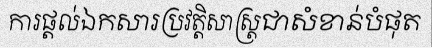
ការផ្តល់ឯកសារប្រវត្តិសាស្ត្រជាសំខាន់បំផុត